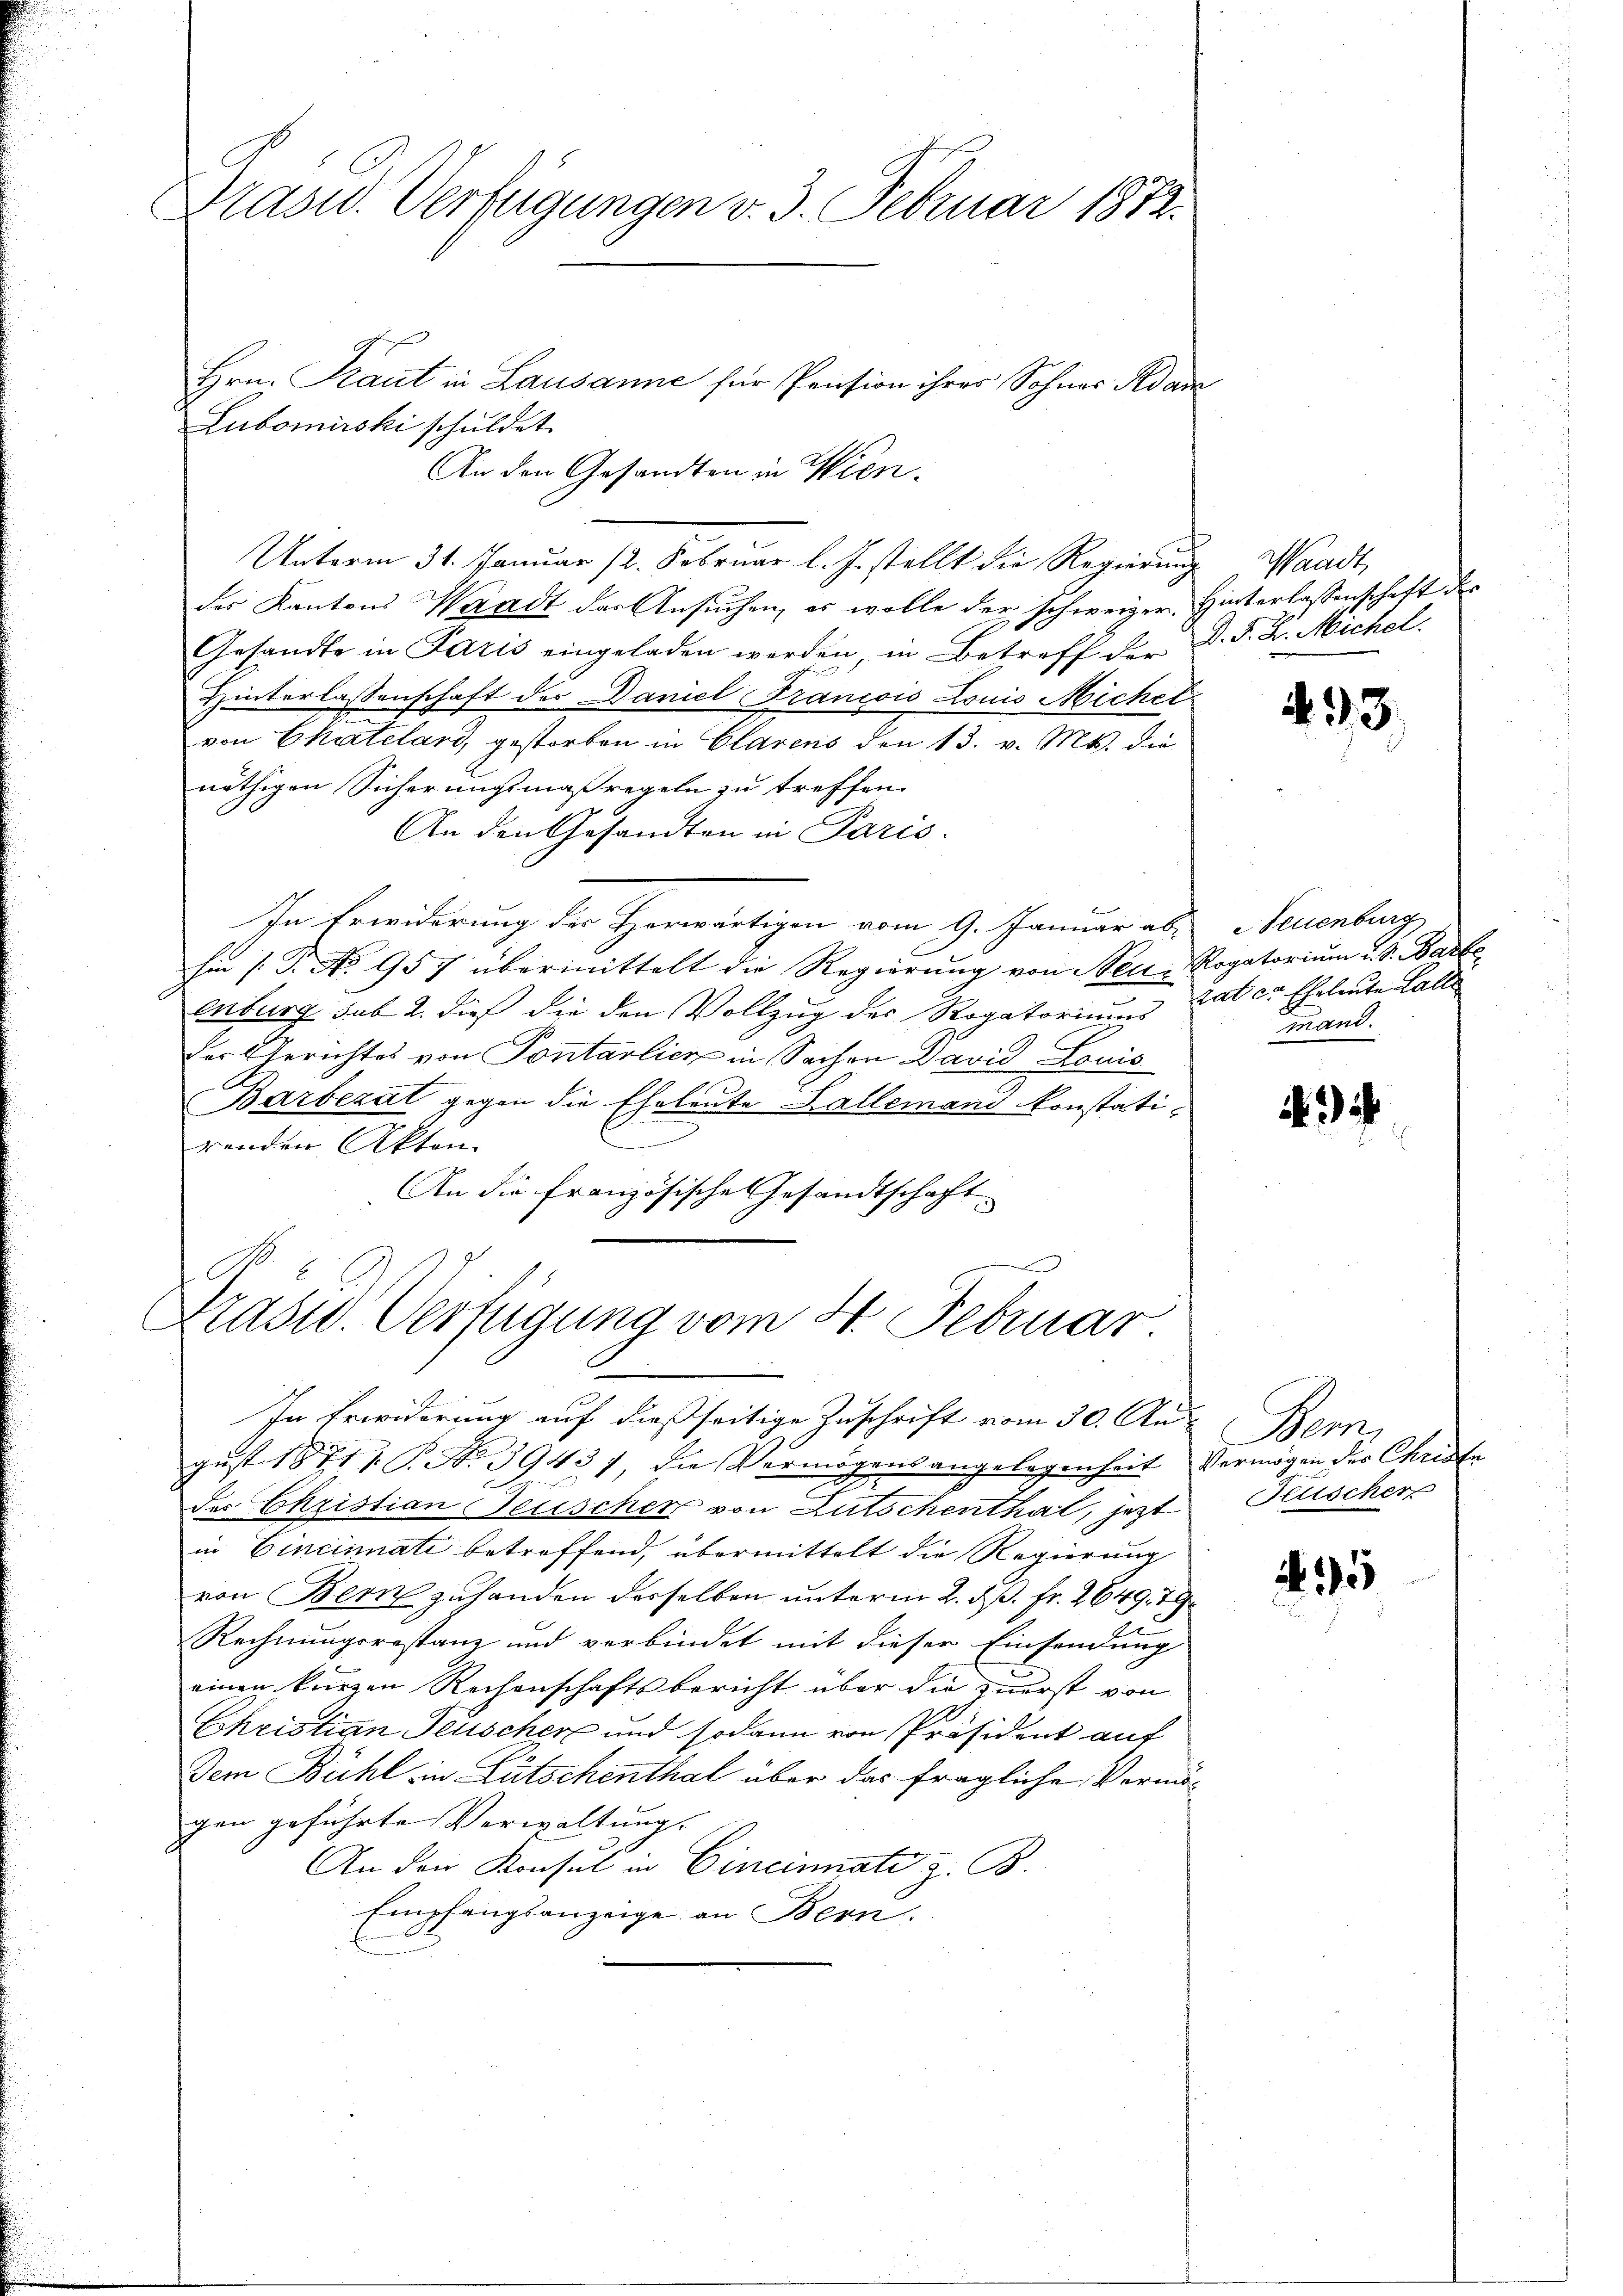
Präsid. Verfügungen v. 3. Februar 1812.

Hrn. Staut in Lausanne für Pension ihres Sohner Adam
Lubomirski schuldet.
An den Gesandten in Wien.
Unterm 31. Januar 12. Februar l. J. stellt die Regierŭng Waadt,
der Kantons Waadt der Ansuchen, es wolle der schweizer Hinterlassenschaft des
Gesandte in Paris eingeladen werden, in Betreff der D. F. L. Michel
Hinterlassenschaft der Daniel Francois Louis Micher
von Chatelard, gestorben in Clarens den 13. v. Mts. die
nöthigen Sicherungsmaßregeln zu treffen.
An den Gesandten in Paris.
In Erwiderung des Horwärtigen vom 9. Januar aber Neuenburg
hin s. B. No 957 übermittelt die Regierung von Neu- Rogatorium u. S. Barbe
Enburg sub 2. dieß die den Vollzug des Rogatoriums Later Eheleute Lalle
Der Gerichtes von Pontarlich in Sachen David Louis
Barbezat gegen die Eheleute Lallemand konstati-
renden Akten
An die französische Gesandtschaft
F
Präsid. Verfügung vom St. Februar.

In Erwiderung auf dießseitige Zuschrift vom 30. Aus
gust 1871 f. P. Nr. 39437, die Vermögensangelegenheit Vermögen der Christe
des Christian Neuscher von Gutschenthal, jetzt
in Cincinati betreffend, übermittelt die Regierung
von Bern zuhanden desselben unterm 2. ds. fr. 2649. 7
Rechnungsrestanz und verbindet mit dieser Einsendung
einen kurzen Rechenschaftsbericht über die zuerst von
Christian Feuscher und sodann von Präsident auf
Dem Bühl in Lütschenthal über das fragliche Vermögen geführte Verwaltung.
An den Konsul in Cincinnate z. B.
Empfangsanzeige an Bern.

493.

mand.

95

Bem
Kuscher